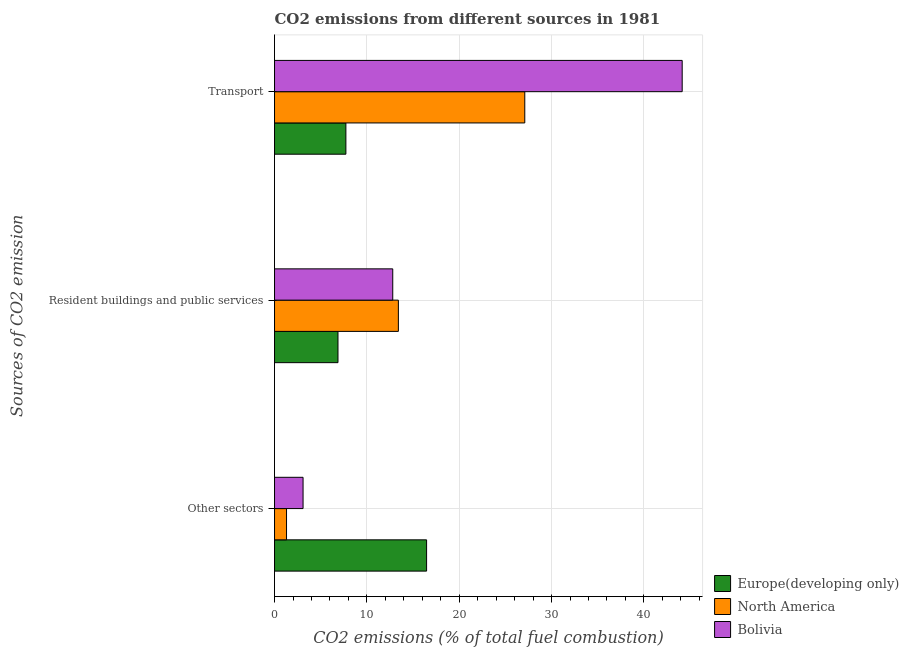
| Sources of CO2 emission | Europe(developing only) | North America | Bolivia |
 | --- | --- | --- | --- |
 | Other sectors | 16.5 | 1.3 | 3.09 |
 | Resident buildings and public services | 6.87 | 13.4 | 12.8 |
 | Transport | 7.73 | 27.1 | 44.2 |